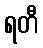
ရတီ